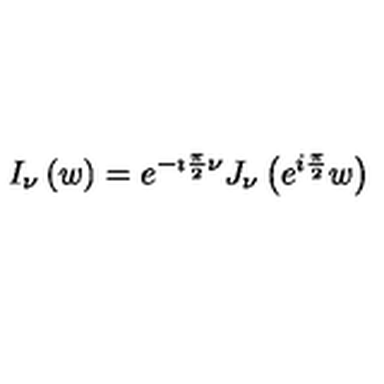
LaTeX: I _ { \nu } \left( w \right) = e ^ { { - \imath \frac { \pi } { 2 } \nu } } J _ { \nu } \left( e ^ { { i \frac { \pi } { 2 } } } w \right)